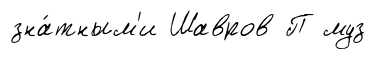
зна́тным'и Шавров П муз